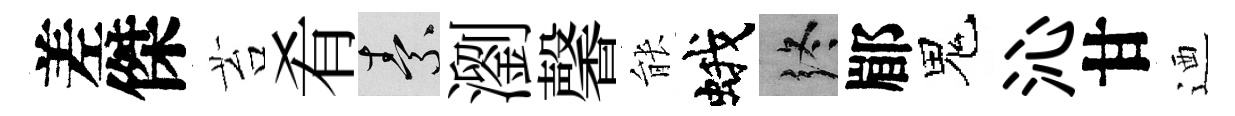
差傑苔肴素瀏馨䏻蛾终郿鬼沁甘迺